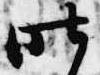
昨